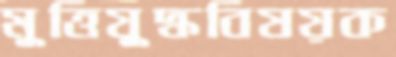
মুত্তিযুদ্ধবিষয়ক